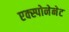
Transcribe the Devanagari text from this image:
एक्स्पोनेनेट